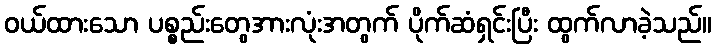
ဝယ်ထားသော ပစ္စည်းတွေအားလုံးအတွက် ပိုက်ဆံရှင်းပြီး ထွက်လာခဲ့သည်။